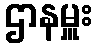
ဌာနမှူး